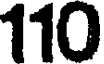
110